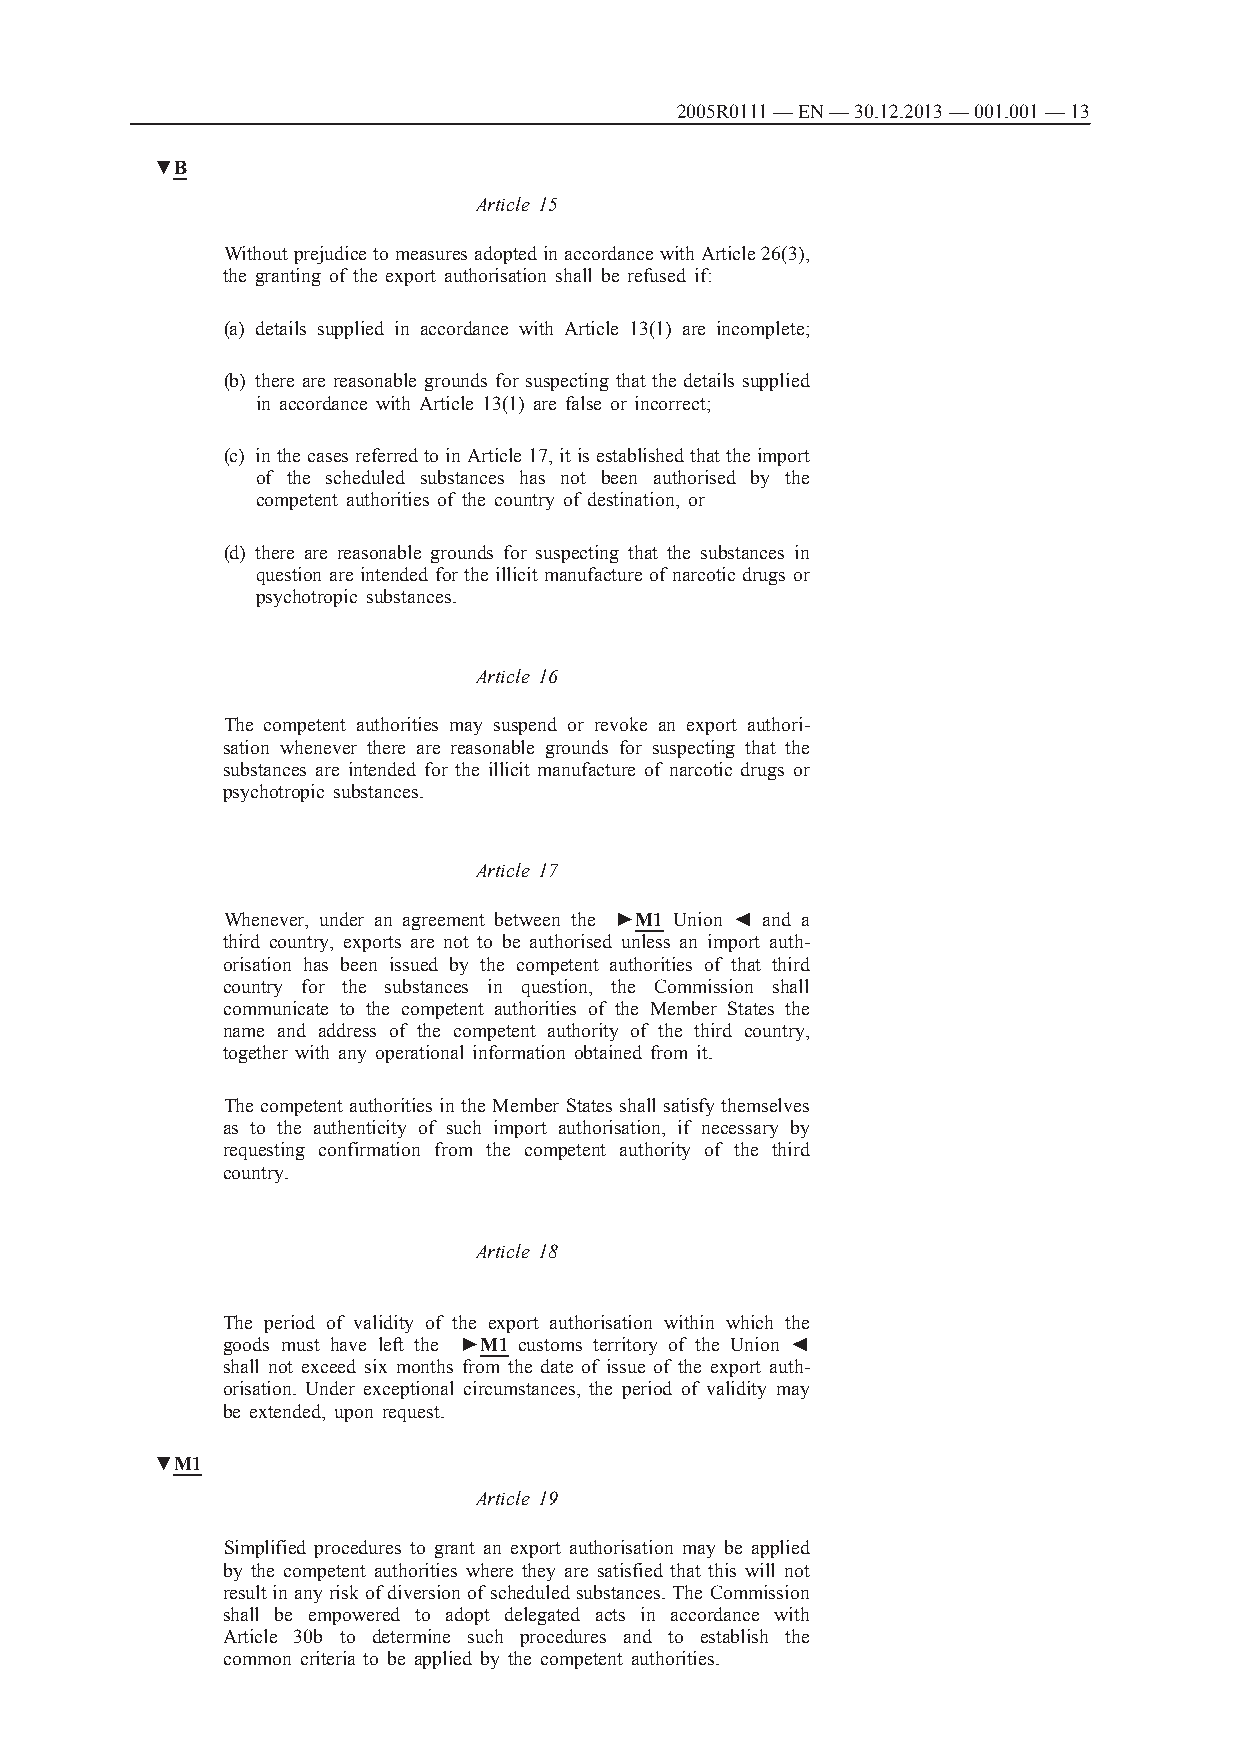
2005R0111 — EN — 30.12.2013 — 001.001 — 13
 ▼B
 Article 15
 Without prejudice to measures adopted in accordance with Article 26(3),
 the granting of the export authorisation shall be refused if:
 (a) details supplied in accordance with Article 13(1) are incomplete;
 (b) there are reasonable grounds for suspecting that the details supplied
 in accordance with Article 13(1) are false or incorrect;
 (c) in the cases referred to in Article 17, it is established that the import
 of the scheduled substances has not been authorised by the
 competent authorities of the country of destination, or
 (d) there are reasonable grounds for suspecting that the substances in
 question are intended for the illicit manufacture of narcotic drugs or
 psychotropic substances.
 Article 16
 The competent authorities may suspend or revoke an export authori­
 sation whenever there are reasonable grounds for suspecting that the
 substances are intended for the illicit manufacture of narcotic drugs or
 psychotropic substances.
 Article 17
 Whenever, under an agreement between the ►M1 Union ◄ and a
 third country, exports are not to be authorised unless an import auth­
 orisation has been issued by the competent authorities of that third
 country for the substances in question, the Commission shall
 communicate to the competent authorities of the Member States the
 name and address of the competent authority of the third country,
 together with any operational information obtained from it.
 The competent authorities in the Member States shall satisfy themselves
 as to the authenticity of such import authorisation, if necessary by
 requesting confirmation from the competent authority of the third
 country.
 Article 18
 The period of validity of the export authorisation within which the
 goods must have left the ►M1 customs territory of the Union ◄
 shall not exceed six months from the date of issue of the export auth­
 orisation. Under exceptional circumstances, the period of validity may
 be extended, upon request.
 ▼M1
 Article 19
 Simplified procedures to grant an export authorisation may be applied
 by the competent authorities where they are satisfied that this will not
 result in any risk of diversion of scheduled substances. The Commission
 shall be empowered to adopt delegated acts in accordance with
 Article 30b to determine such procedures and to establish the
 common criteria to be applied by the competent authorities.